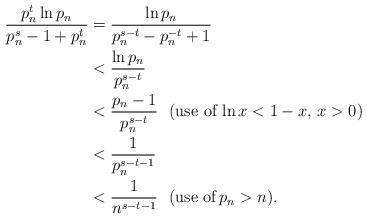
LaTeX: \begin{align*}\dfrac{p^{t}_{n}\ln p_{n}}{p^{s}_{n}-1+p^{t}_{n}}&=\dfrac{\ln p_{n}}{p_{n}^{s-t}-{p^{-t}_{n}}+1}\\&<\dfrac{\ln p_{n}}{p_{n}^{s-t}}\\&<\dfrac{p_{n}-1}{p_{n}^{s-t}}\,\,\,\,(\mbox{use of}\,\ln x<1-x,\,x>0)\\&<\dfrac{1}{p_{n}^{s-t-1}}\\&<\dfrac{1}{n^{s-t-1}}\,\,\,\,(\mbox{use of}\,p_{n}>n).\end{align*}